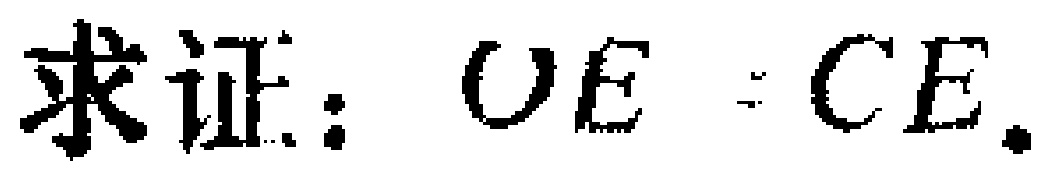
求证：$OE = CE$.